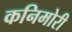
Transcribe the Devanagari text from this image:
कनिमोरी